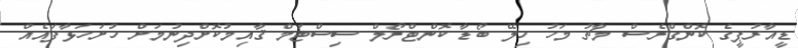
ޑީއާރުޕީގެ ކޮންގްރެސް މާޗު މަހު ހިލޭ ބޯޑާ ކޮންޓްރޯލް ސިސްޓަމް ޤާއިމުކޮށްދިނުމަށް ހުށަހަޅާފައެއް